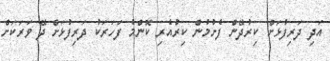
އަދި ދަރިފުޅަށް ކިރުދޭން ފެށުމުން ކިރުއެރި ކޮންމެ ފަހަރަކު ދަރިފުޅަށް ދޭ ވަރަކަށް